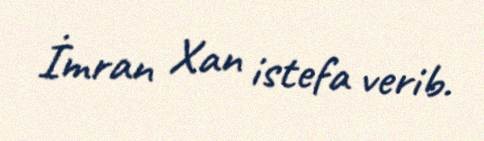
İmran Xan istefa verib.